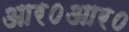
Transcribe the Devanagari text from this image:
आर०आर०